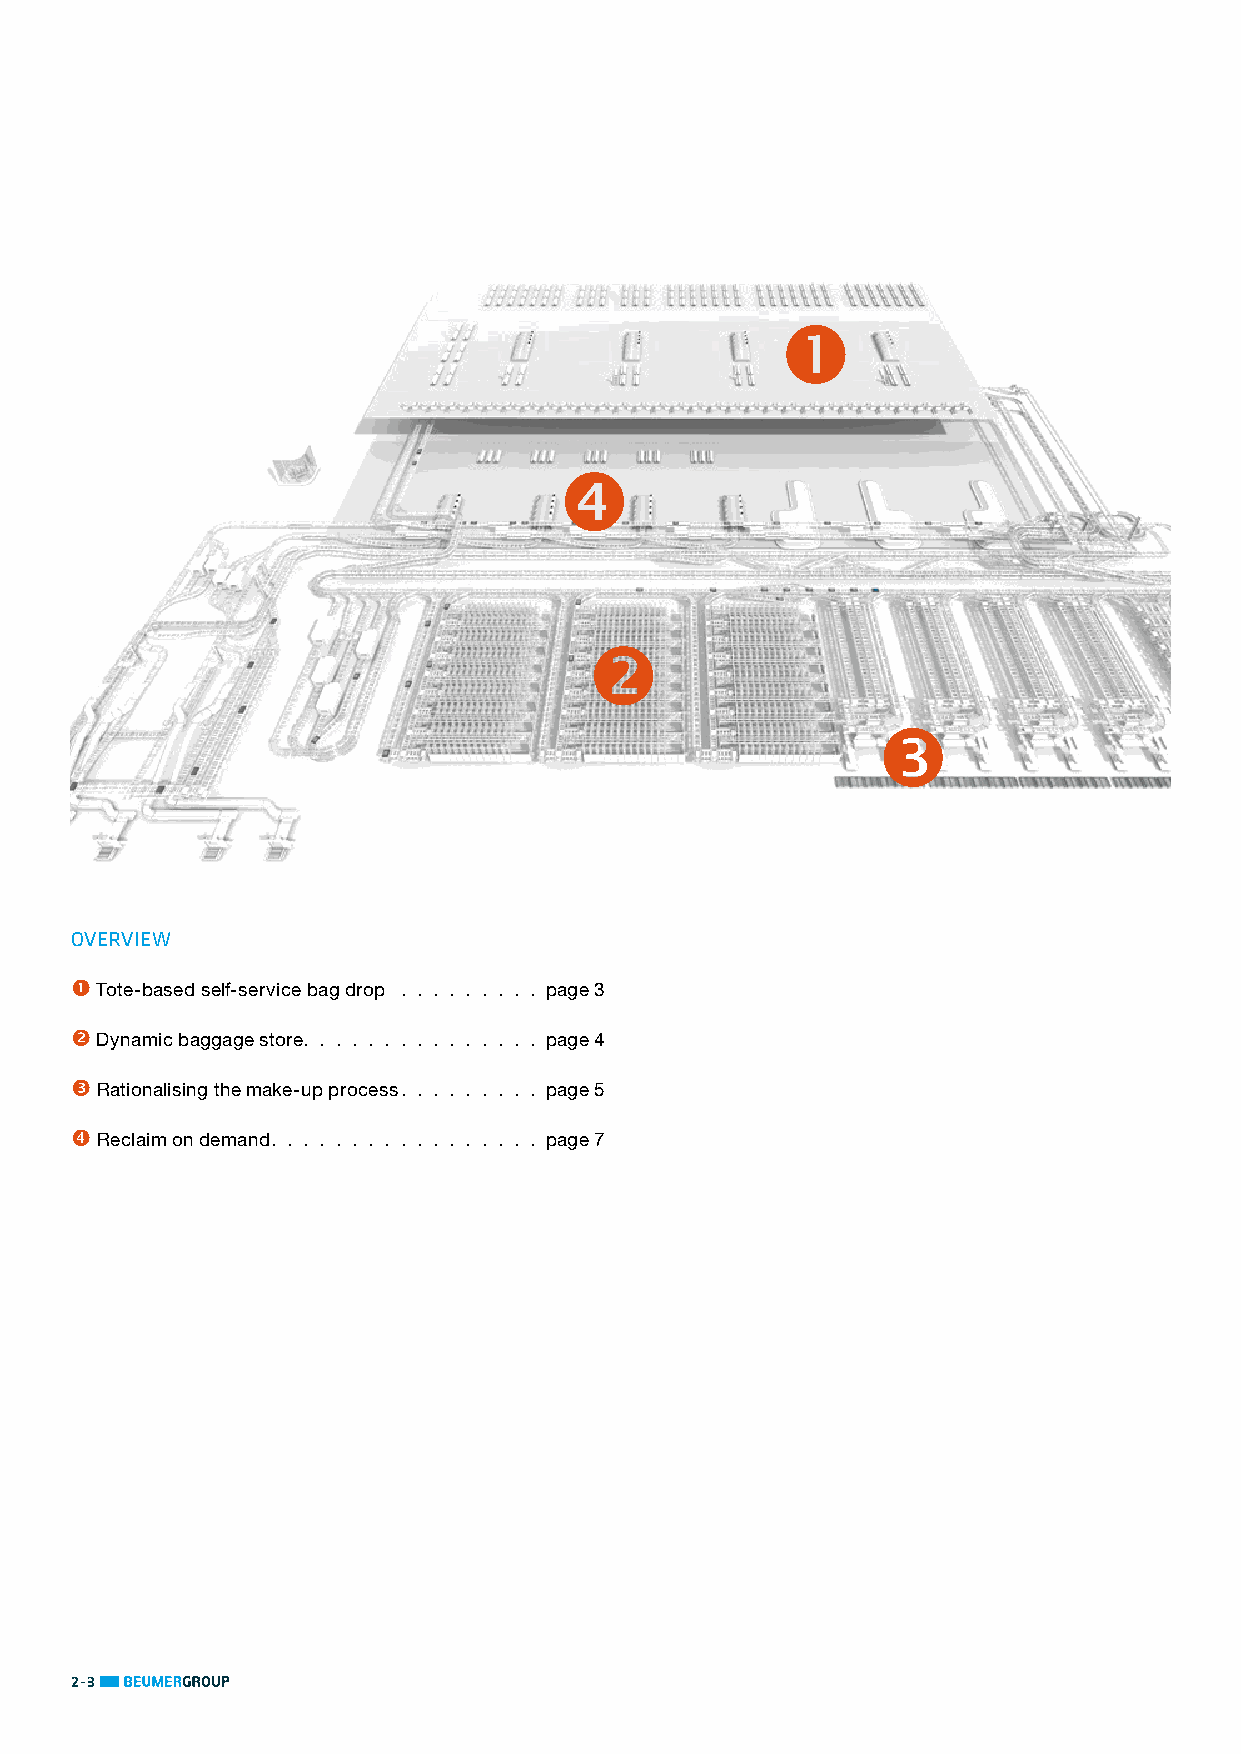

 
 
 
 OVERVIEW
  Tote-based self-service bag drop . . . . . . . . . page 3
  Dynamic baggage store.. . . . . . . . . . . . . . page 4
  Rationalising the make-up process.. . . . . . . . page 5
  Reclaim on demand.. . . . . . . . . . . . . . . . page 7
 2-3